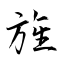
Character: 旌